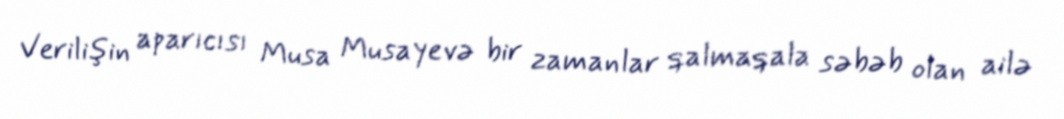
Verilişin aparıcısı Musa Musayevə bir zamanlar qalmaqala səbəb olan ailə